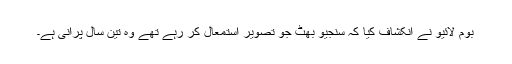
بوم لائیو نے انکشاف کیا کہ سنجیو بھٹ جو تصویر استمعال کر رہے تھے وہ تین سال پرانی ہے۔